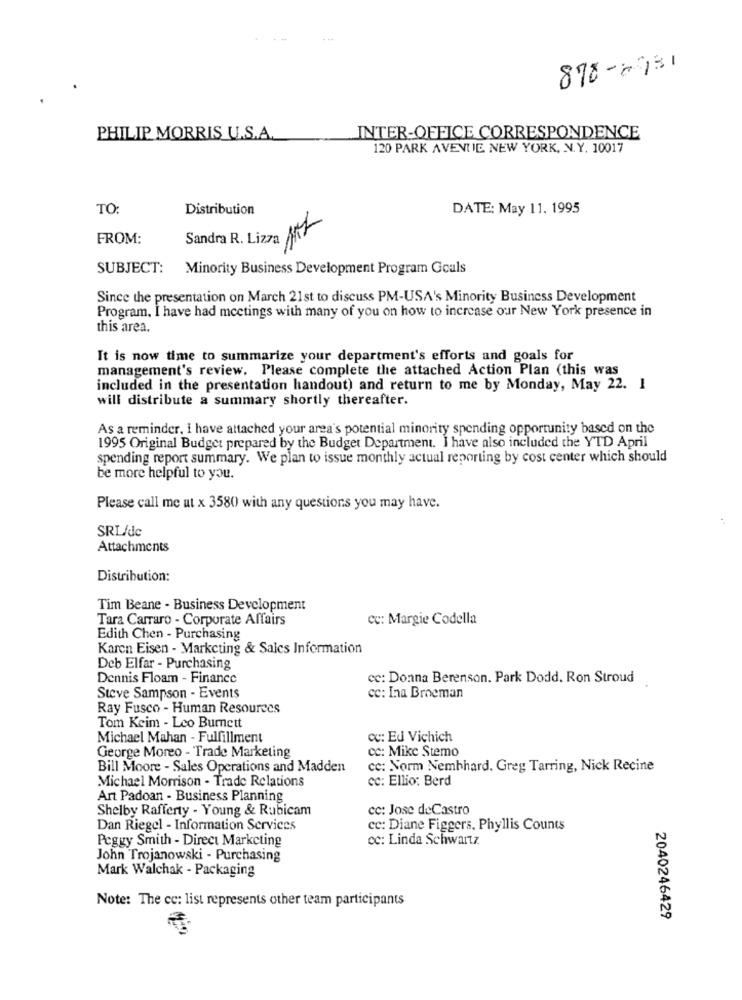
878-0931
PHILIP MORRIS U.S.A.
INTER-OFFICE CORRESPONDENCE
120 PARK AVENUE, NEW YORK, N.Y. 10017
TO:
Distribution
DATE: May 11. 1995
FROM:
Sandra R. Lizza ML
SUBJECT: Minority Business Development Program Goals
Since the presentation on March 21st to discuss PM-USA's Minority Business Development
Program, I have had meetings with many of you on how to increase our New York presence in
this area.
It is now time to summarize your department's efforts and goals for
management's review. Please complete the attached Action Plan (this was
included in the presentation handout) and return to me by Monday, May 22. 1
will distribute a summary shortly thereafter.
As a reminder, I have attached your area's potential minority spending opportunity based on the
1995 Original Budget prepared by the Budget Department. I have also included the YTD April
spending report summary. We plan to issue monthly actual reporting by cost center which should
be more helpful to you.
Please call me ut x 3580 with any questions you may have.
SRL/dc
Attachments
Distribution:
Tim Beane - Business Development
Tara Carraro - Corporate Affairs
CC: Margie Codella
Edith Chen - Purchasing
Karen Eisen - Marketing & Sales Information
Deb Elfar - Purchasing
Dennis Floam - Finance
cc: Donna Berenson. Park Dodd. Ron Stroud
Steve Sampson - Events
cc: Ina Broeman
Ray Fusco - Human Resources
Tom Keim - Leo Burnett
Michael Mahan - Fulfillment
cc: Ed Vichich
George Moreo - Trade Marketing
cc: Mike Stemo
Bill Moore - Sales Operations and Madden
cc: Norm Nembhard. Greg Tarring, Nick Recine
Michael Morrison - Trade Relations
cc: Ellio: Berd
Art Padoan - Business Planning
Shelby Rafferty - Young & Rubicam
cc: Jose deCastro
Dan Riegel - Information Services
cc: Diane Figgers, Phyllis Counts
Peggy Smith - Direct Marketing
cc: Linda Schwartz
John Trojanowski - Purchasing
Mark Walchak - Packaging
Note: The cc: list represents other team participants
2040246429